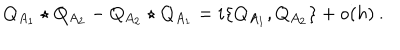
Q _ { A _ { 1 } } \star Q _ { A _ { 2 } } - Q _ { A _ { 2 } } \star Q _ { A _ { 1 } } = i \{ Q _ { A _ { 1 } } , Q _ { A _ { 2 } } \} + \mathrm { o } ( h ) \: .